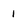
Character: 1